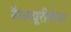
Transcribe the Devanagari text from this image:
रैसब्यूरीकेस